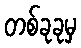
တစ်ခုခုမှ